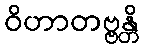
ဝိဟာတဗ္ဗန္တိ